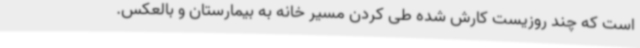
است که چند روزیست کارش شده طی کردن مسیر خانه به بیمارستان و بالعکس.